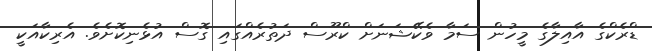
ޑްރެކްގެ އާއިލާގެ މީހުން ސަމާ ވެކޭޝަނަށް ކްރޫސް ދަތުރެއްގައި ގޮސް އުޅެނިކޮށެވެ. އެރިކާއަކީ